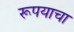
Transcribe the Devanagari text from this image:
रूपयाचा